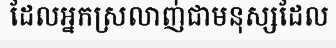
ដែលអ្នកស្រលាញ់ជាមនុស្សដែល